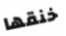
خنقها